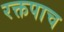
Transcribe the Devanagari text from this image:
रक्तपाच